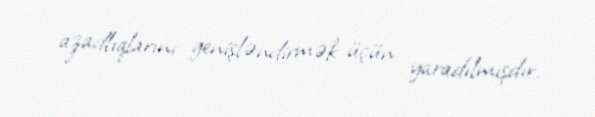
azadlıqlarını genişləndirmək üçün yaradılmışdır.